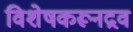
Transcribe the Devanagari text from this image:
विशेषकरूनद्रव